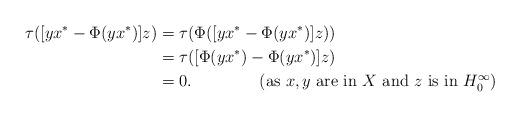
LaTeX: \begin{align*} \tau([yx^*-\Phi(yx^*)]z) &=\tau(\Phi([yx^*-\Phi(yx^*)]z)) \\ &=\tau([\Phi(yx^*)-\Phi(yx^*)]z) \\ & =0.\tag{as $x,y$ are in $X$ and $ z$ is in $H^\infty_0$} \end{align*}